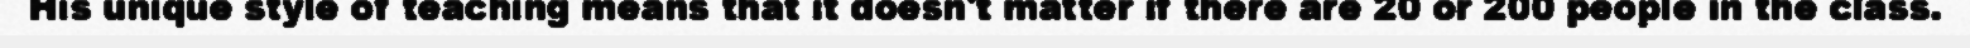
His unique style of teaching means that it doesn't matter if there are 20 or 200 people in the class.